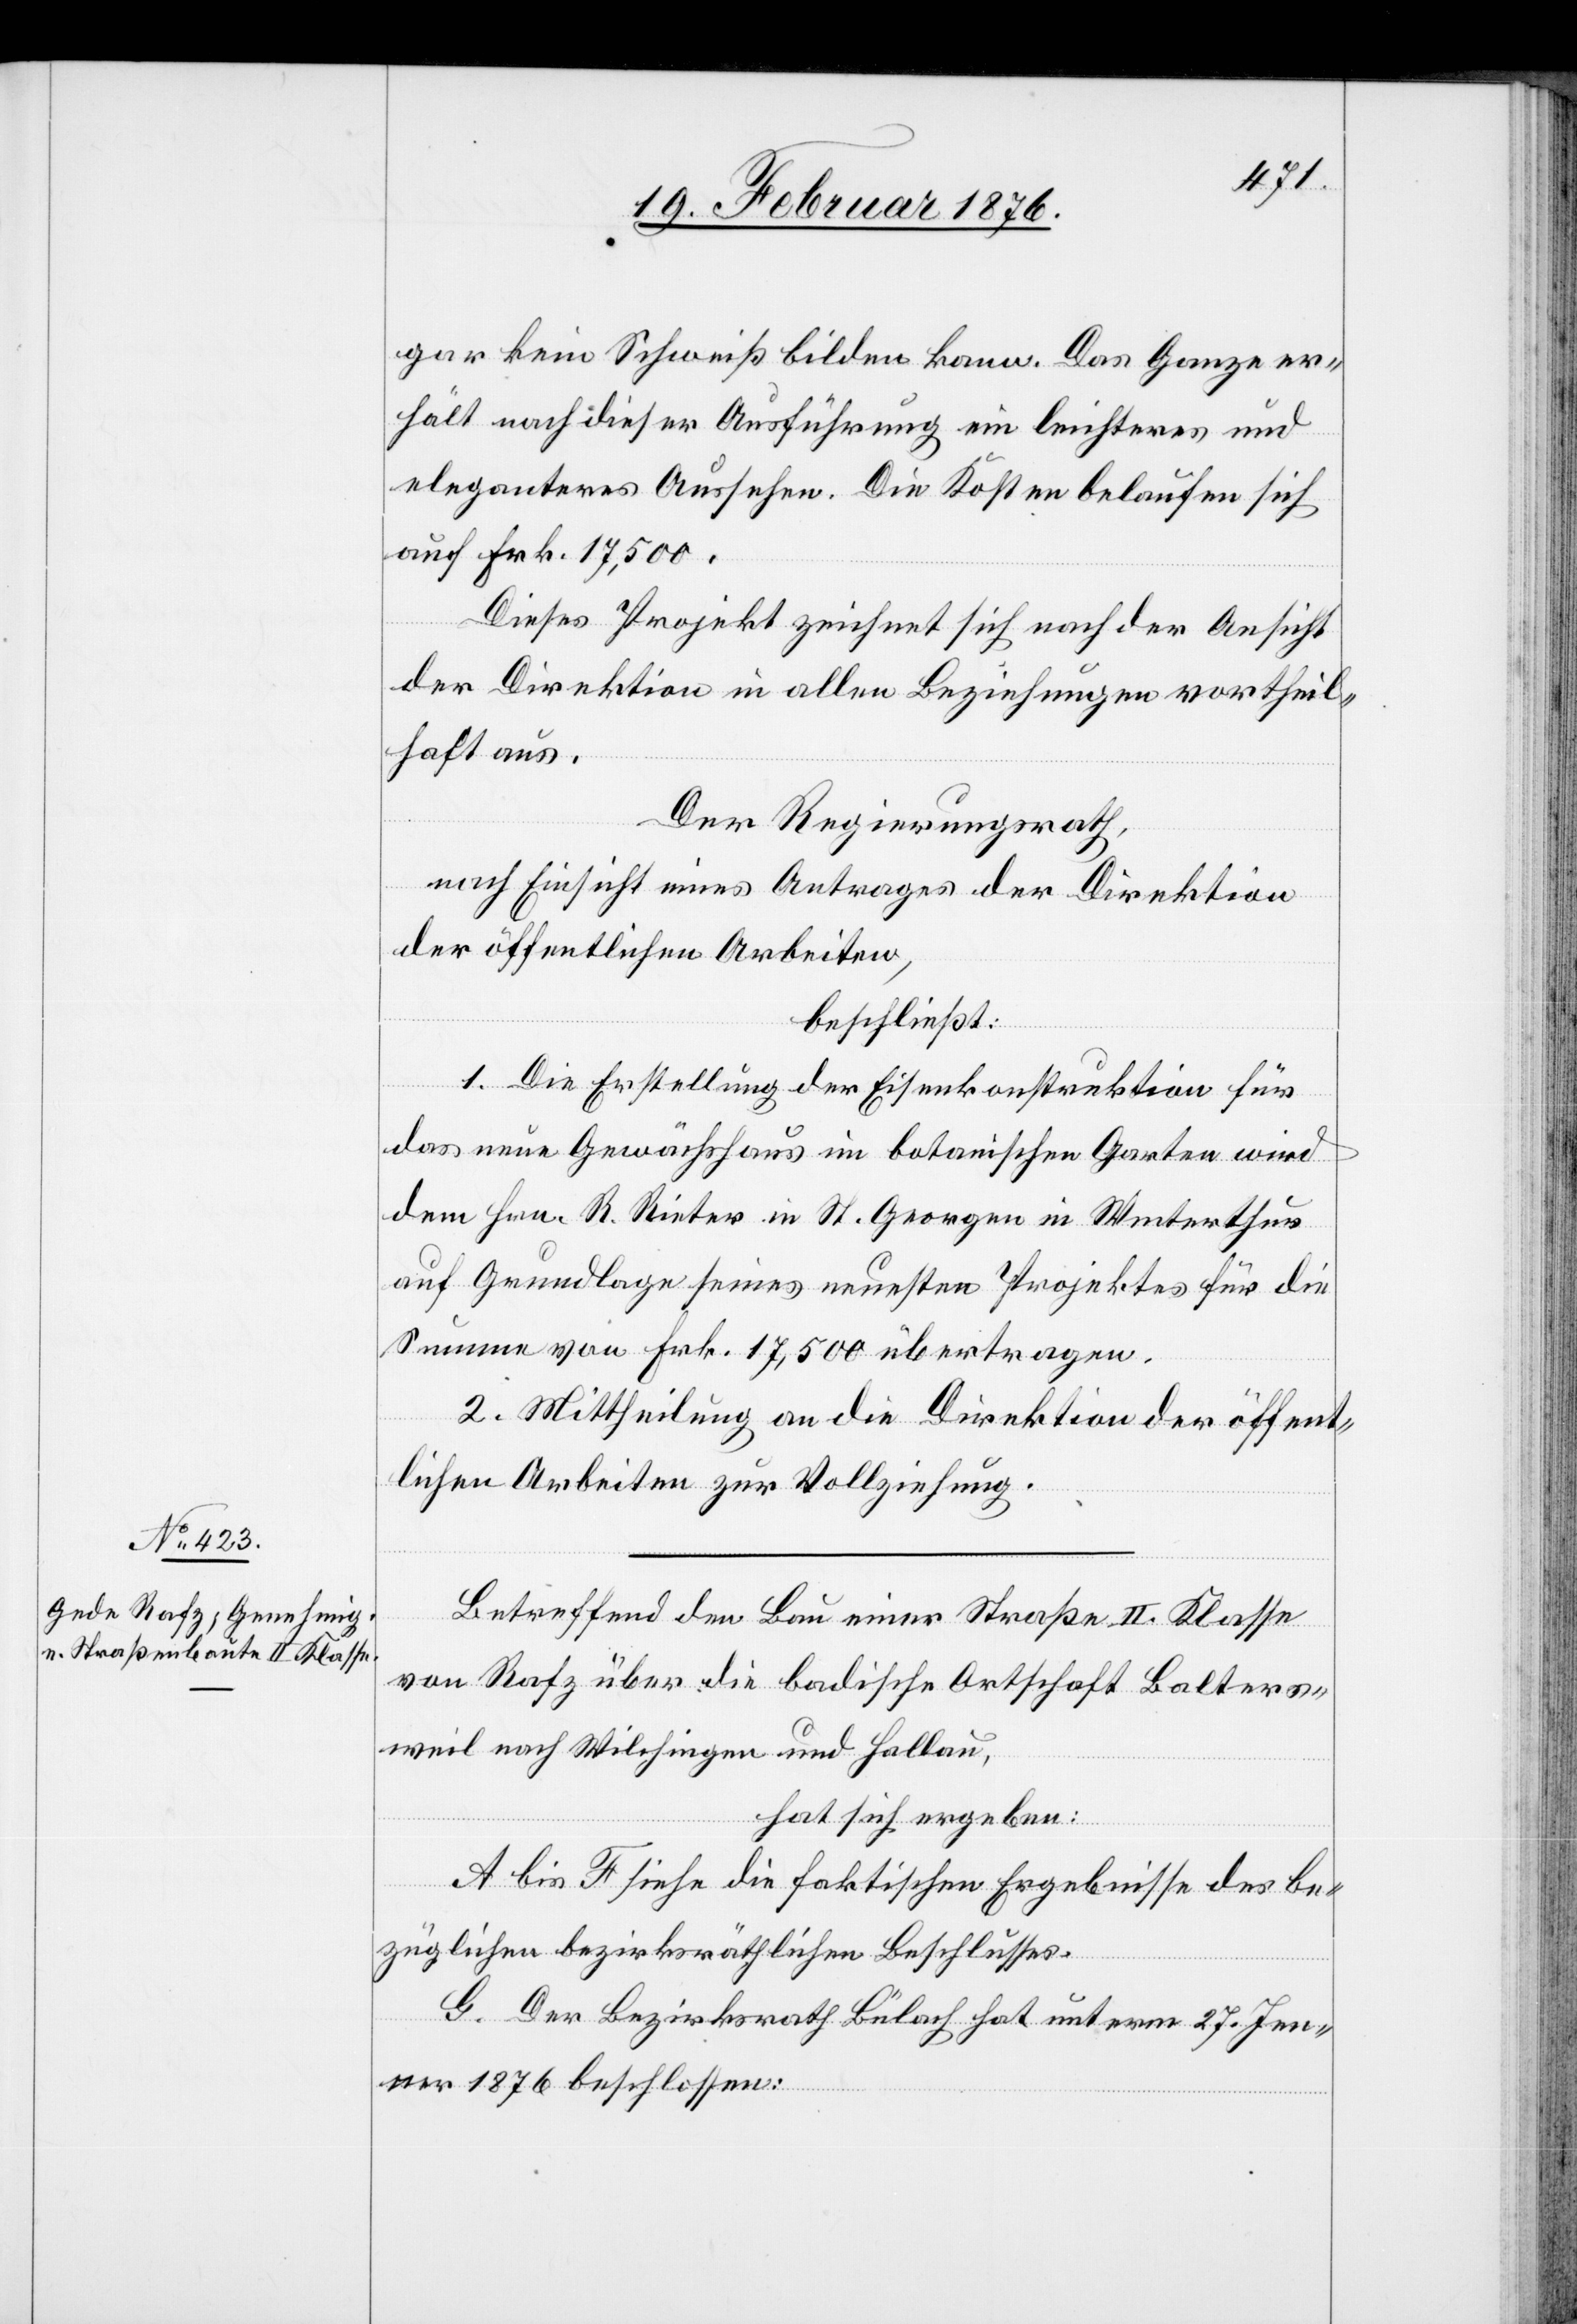
gar kein Schweiß bilden kann. Das Ganze er¬
hält nach dieser Ausführung ein leichteres und
eleganteres Aussehen. Die Kosten belaufen sich
auf Frk. 17,500.
Dieses Projekt zeichnet sich nach der Ansicht
der Direktion in allen Beziehungen vortheil¬
haft aus.
züglichen Bes¬
Der Regierungsrath,
nach Einsicht eines Antrages der Direktion
der öffentlichen Arbeiten,
beschließt:
1. Die Erstellung der Eisenkonstruktion für
das neue Gewächshaus im botanischen Garten wird
dem Hrn. R. Rieter in St. Georgen in Winterthur
auf Grundlage seines neuesten Projektes für die
Summe von Frk. 17,500 übertragen.
chlusses.
2. Mittheilung an die Direktion der öffent¬
lichen Arbeiten zur Vollziehung.
Betreffend den Bau einer Straße II. Klasse
von Rafz über die badische Ortschaft Balters¬
weil nach Wilchingen und Hallau,
hat sich ergeben:
A bis F siehe die faktischen Ergebnisse des be¬
G. Der Bezirksrath Bülach hat unterm 27. Jen¬
ner 1876 beschlossen: